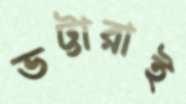
ভট্টারাই